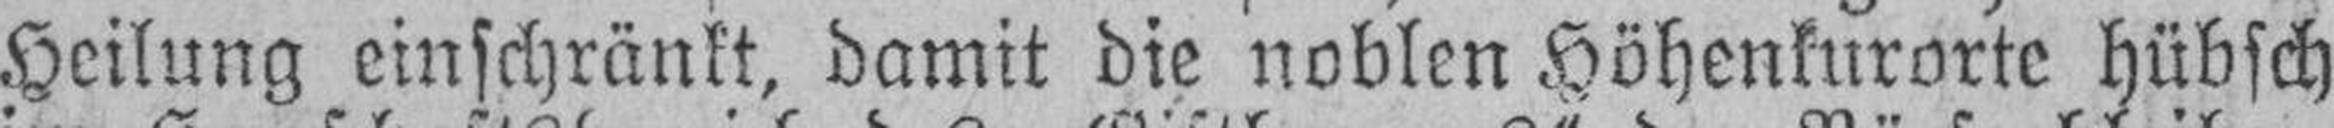
Heilung einschränkt, damit die noblen Höhenkurorte hübsch